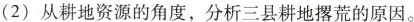
(2)从耕地资源的角度，分析三县耕地撂荒的原因。